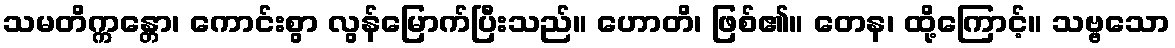
သမတိက္ကန္တော၊ ကောင်းစွာ လွန်မြောက်ပြီးသည်။ ဟောတိ၊ ဖြစ်၏။ တေန၊ ထို့ကြောင့်။ သဗ္ဗသော